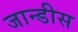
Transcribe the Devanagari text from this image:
जान्डीस